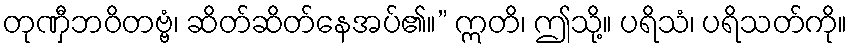
တုဏှီဘဝိတဗ္ဗံ၊ ဆိတ်ဆိတ်နေအပ်၏။” ဣတိ၊ ဤသို့။ ပရိသံ၊ ပရိသတ်ကို။